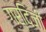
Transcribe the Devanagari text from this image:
गर्दिजी